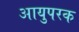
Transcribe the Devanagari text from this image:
आयुपरक